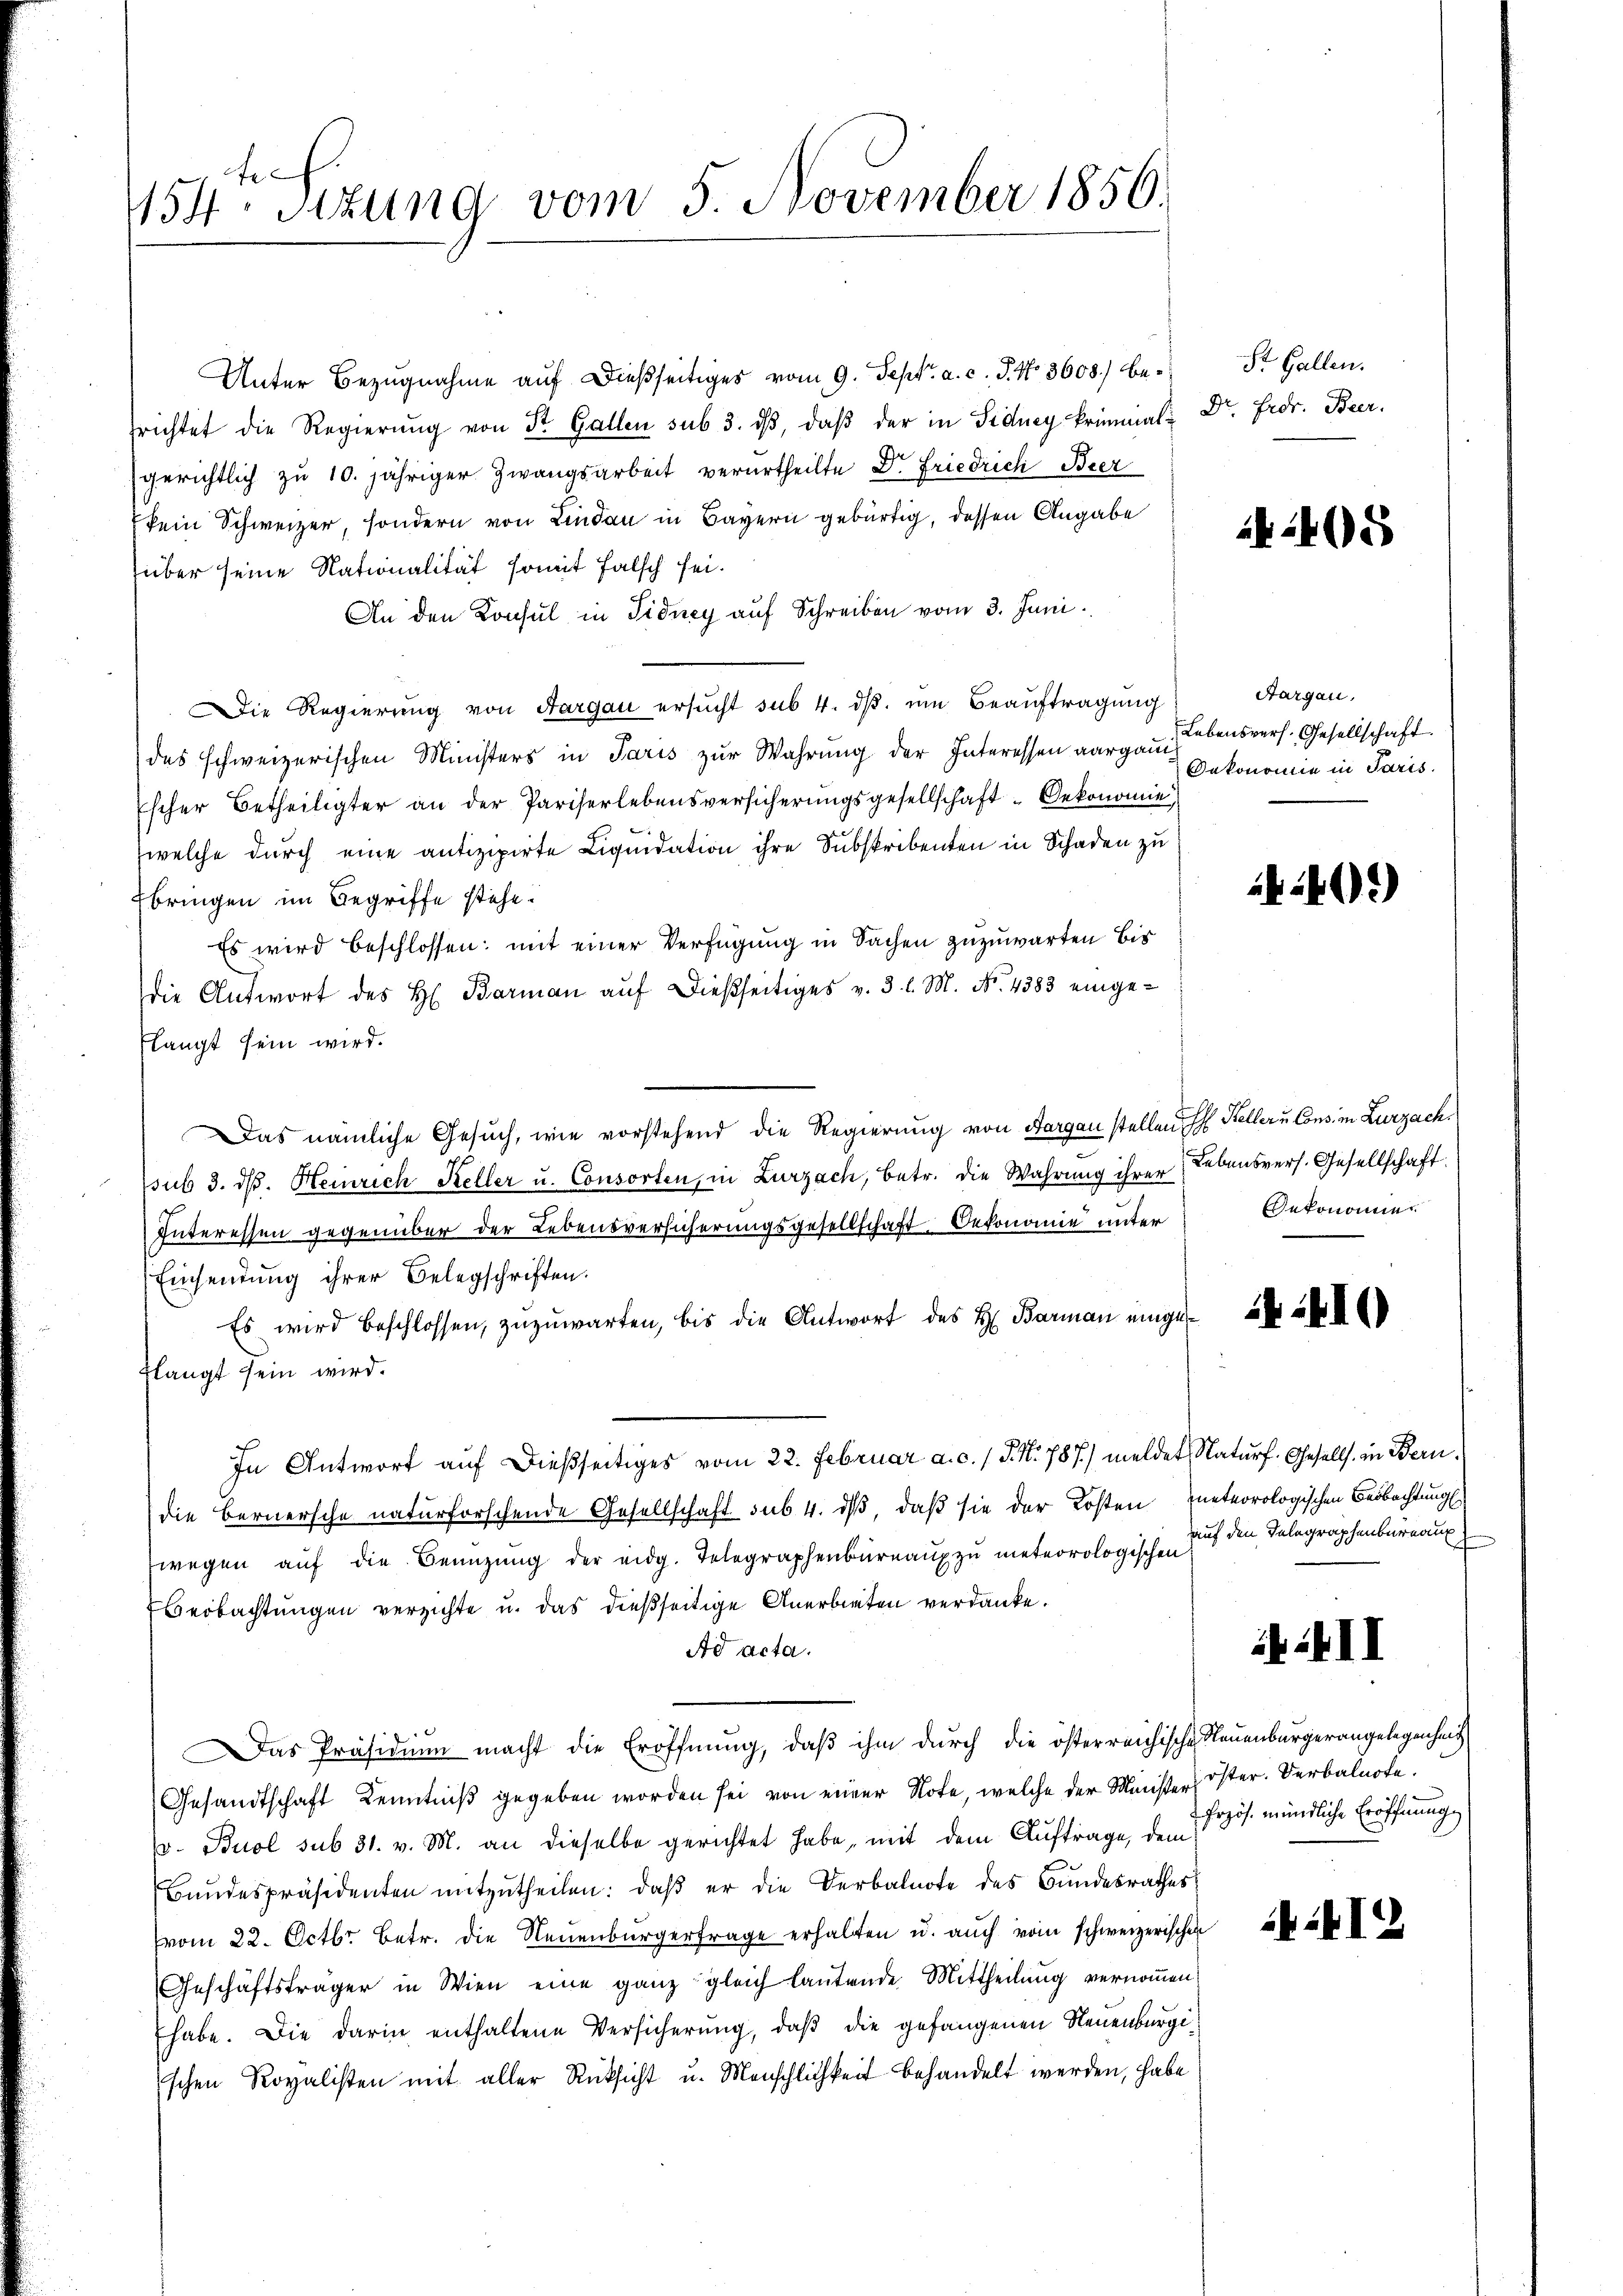
f x
154. Sitzung vom 5. November 1856.

Unter Bezugnahme auf dießseitiges vom 9. Sept. a. c. J. No 3608) besrichtet die Regierŭng von St. Gallen sub 3. dβ, daβ der in Sidney krimmat Dr. Fros. Beer,
gerichtlich zu 10. jähriger Zwangsarbeit verurtheilte Dr. Friedrich Beer
kein Schweizer, sondern von Lindau in Bayern gebürtig, dessen Angabe
über seine Nationalität somit falsch sei.
An den Konsul in Sidney auf Schreiben vom 3. Juni
Die Regierung von Aargau ersŭcht sub 4. dβ. um Beauftragung
das schweizerischen Ministers in Paris zŭr Wahrŭng der Interessen aargau ebensvers. Gesellschaft
Escher Betheiligter an der Pariserlebensversicherŭngsgesellschaft Oekonomie
welche durch eine antizipierte Liquidation ihre Subskribenten in Schaden zu
Ebringen im Begriffe stehe.
Es wird beschlossen: mit einer Verfügung in Sachen zuzuwarten bis
die Antwort des H. Barman auf dießseitiges v. 3. l. M. No. 4383 eingelangt sein wird.
Das nämliche Gesuch, wie vorstehend die Regierung von Aargau stellen Steller u Cons. in Lurzach.
sub 3. ds. Heinrich Keller u. Consorten, in Zurzach, betr. die Wahrung ihrer
Interessen gegenüber der Lebensversicherungsgesellschaft Oekonomie unter
Einsendung ihrer Belegschriften.
Es wird beschlossen, zuzuwarten, bis die Antwort des H. Barman eingeflangt sein wird.
In Antwort auf dießseitiges vom 22. Februar a. c. 1 S. N. 787) meldet Naturf. Gesells, in Bern,
die Bernersche naturforschende Gesellschaft sub. 4. ds, daß sie der Kosten zueteorologischen Beobachtung
wegen aŭf die Benützŭng der eidg. Telegraphenbüreaŭ zŭ meteorologischen
Ebeobachtungen verzichte u. das dießseitige Anerbieten verdanke.
Ad acta.
Das Präsidium macht die Eröffnung, daß ihm durch die österreichische Neuenburgerangelegenheit
Gesandtschaft Kenntniß gegeben worden sei von einer Note, welche der Minister öster. Verbalnote.
v. Buol sub 31. v. M. an dieselbe gerichtet habe, mit dem Auftrage, dem
Bundespräsidenten mitzutheilen: daß er die Verbalnote des Bundesrathes
vom 22. Octbr. Betr. die Neuenburgerfrage erhalten u. auch vom schweizerischen
Geschäftsträger in Wien eine ganz gleich lautende Mittheilung vernommen
habe. Die darin enthaltene Versicherung, daβ die gefangenen Neuenburgischen Royalisten mit aller Rücksicht u. Menschlichkeit behandelt werden, habe

St. Gallen.

2405

Aargau,
Oekonomie in Paris.

4240)

Lebensvers. Gesellschaft
Oekonomie

410

auf den Telegraphenbureaux

II

Przös. mündliche Eröffnung

412